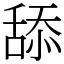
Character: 舔